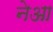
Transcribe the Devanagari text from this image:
नेआ